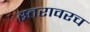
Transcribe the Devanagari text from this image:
स्तरावरच